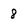
Character: 8